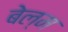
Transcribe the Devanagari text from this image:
बेल्म